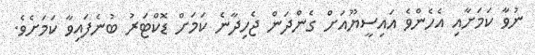
ނުވާ ކަމަށާއި އެހެންވެ އައިސީޔޫއަށް ގެންދަން ޖެހިދާނެ ކަމަށް ޑޮކްޓަރު ބުނެފައިވާ ކަމަށެވެ.